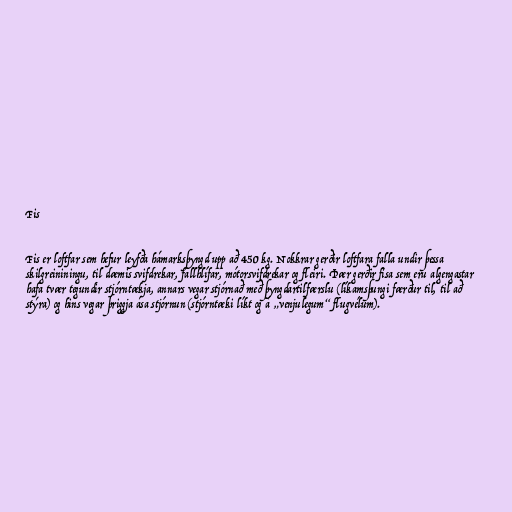
Fis

Fis er loftfar sem hefur leyfða hámarksþyngd upp að 450 kg. Nokkrar gerðir loftfara falla undir þessa
skilgreininingu, til dæmis svifdrekar, fallhlífar, mótorsvifdrekar og fleiri. Þær gerðir fisa sem eru algengastar
hafa tvær tegundir stjórntækja, annars vegar stjórnað með þyngdartilfærslu (líkamsþungi færður til, til að
stýra) og hins vegar þriggja ása stjórnun (stjórntæki líkt og á „venjulegum“ flugvélum).